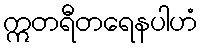
ဣတရီတရေနပါဟံ